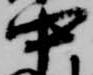
中